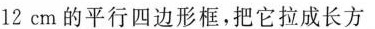
12cm的平行四边形框，把它拉成长方